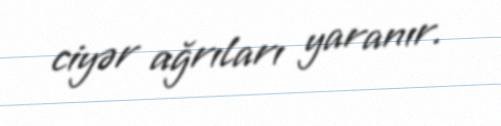
ciyər ağrıları yaranır.